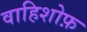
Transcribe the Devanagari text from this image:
वाहिशोफ़